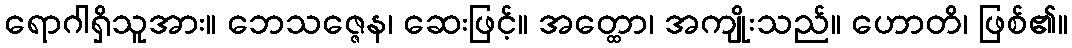
ရောဂါရှိသူအား။ ဘေသဇ္ဇေန၊ ဆေးဖြင့်။ အတ္ထော၊ အကျိုးသည်။ ဟောတိ၊ ဖြစ်၏။